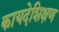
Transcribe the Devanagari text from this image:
कायदेशिक्षण